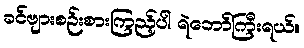
ခင်ဗျားစဉ်းစားကြည့်ပါ ရဲဘော်ကြီးရယ်။